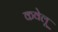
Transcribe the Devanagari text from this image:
कवेलू